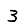
Digit: 3